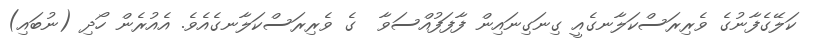
ކަލޭގެފާނުގެ ވެރިރަސްކަލާނގެއީ ގިނަގިނައިން ފާފަފުއްސަވާ  ގެ ވެރިރަސްކަލާނގެއެވެ. އެއުރެން ހޯދި (ނުބައި)